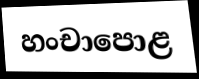
හංචාපොළ